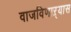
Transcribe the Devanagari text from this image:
वाजविणाऱ्यास